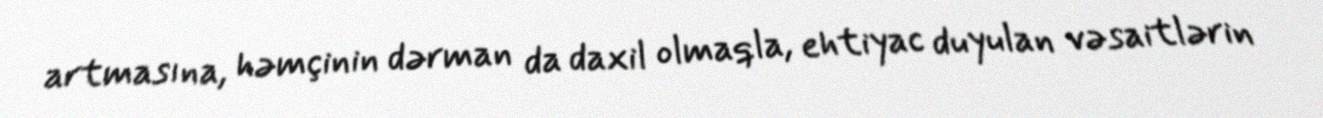
artmasına, həmçinin dərman da daxil olmaqla, ehtiyac duyulan vəsaitlərin